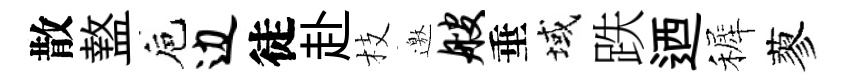
散盩巵边徒赴枝邀艘垂域跌迺裤蓼